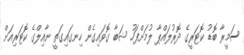
ސަމީރާ ބޮޑު ކޮޓަރީގެ ދޮރުލައްޕާ ލުމަށްފަހު ޝަބާ ގޮވައިގެން ހިނގައިގަތީ ނާއިލްގެ ކޮޓަރިއަށް